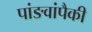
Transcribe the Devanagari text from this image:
पांङवांपैकी